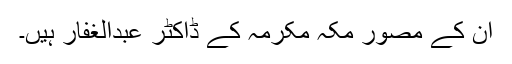
ان کے مصور مکہ مکرمہ کے ڈاکٹر عبدالغفار ہیں۔